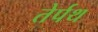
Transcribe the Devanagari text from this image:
तेर्पथ